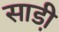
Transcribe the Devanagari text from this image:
साडी़